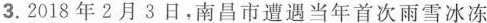
3.2018年2月3日，南昌市遭遇当年首次雨雪冰冻